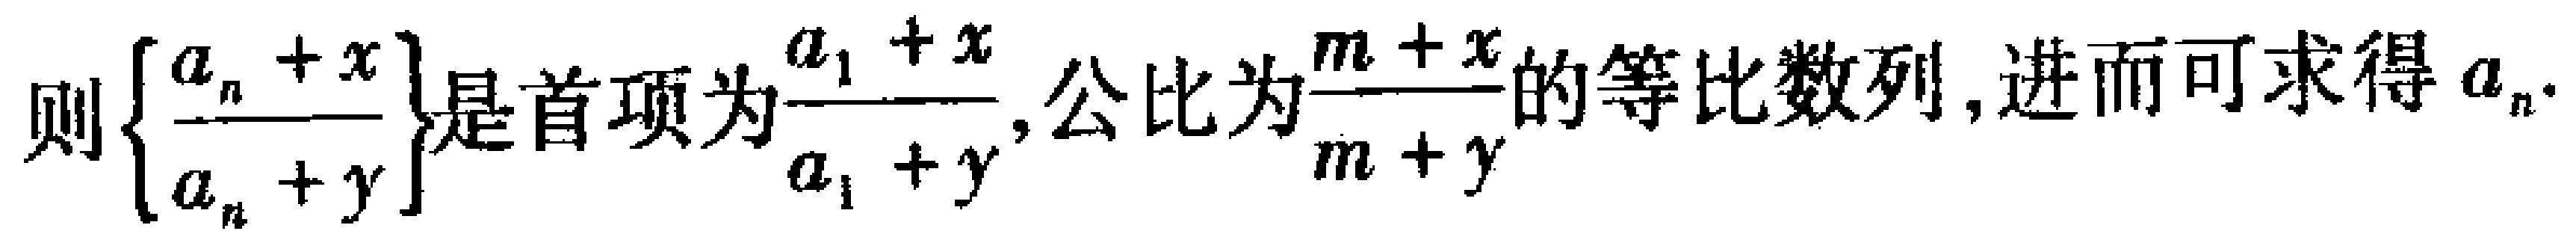
则$\left\{\dfrac{a_{n}+x}{a_{n}+y}\right\}$是首项为$\dfrac{a_{1}+x}{a_{1}+y}$,公比为$\dfrac{m + x}{m + y}$的等比数列,进而可求得$a_{n}$.